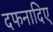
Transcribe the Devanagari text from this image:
दफनादिए